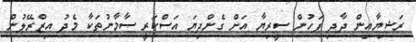
ރަޝިޔާއިން ދާދި ފަހުން ސީރިޔާ އަށް ގެންދިޔަ އަސްކަރީ ސާމާނުތަކާ މެދު އިޒްރޭލުން